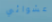
عشوائي